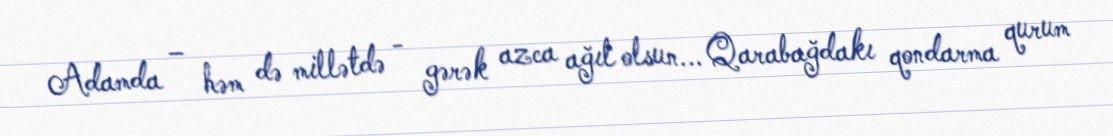
Adamda – həm də millətdə - gərək azca ağıl olsun... Qarabağdakı qondarma qurum